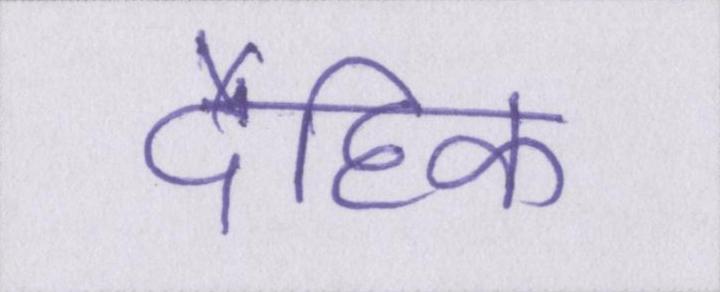
दैहिक